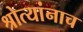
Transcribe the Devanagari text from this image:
श्रोत्यांनाच